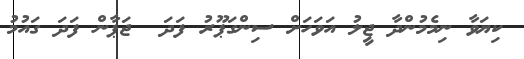
ކިޔަވާ ނިމެމުންދާ ޖީލު އަވަހަށް ސިންގަޕޫރު ފަދަ  ޖަޕާން ފަދަ ގައުމު